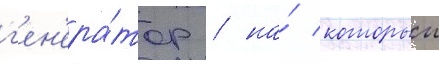
г'ен'ера́тор / на́ которыи